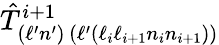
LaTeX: \hat{T}_{(\ell^{\prime}n^{\prime})\, (\ell^{\prime}(\ell_{i}\ell_{i+1}n_{i}n_{i+1}))}^{i+1}